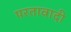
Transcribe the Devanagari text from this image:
परतावादी